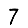
Digit: 7